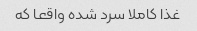
غذا کاملا سرد شده واقعا که